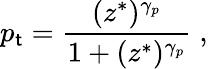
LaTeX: p_{\mathsf{t}}=\frac{{(z^{*})^{\gamma_{p}}}}{{1+(z^{*})^{\gamma_{p}}}}\; ,